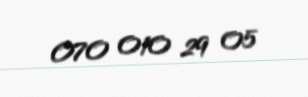
070 010 29 05